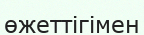
өжеттігімен